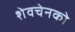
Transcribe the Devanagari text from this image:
शेवचेनको